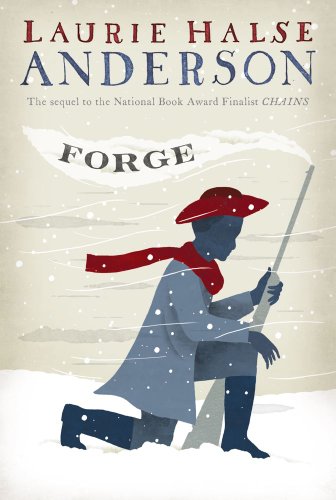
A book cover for Forge (The Seeds of America Trilogy); Laurie Halse Anderson; Children's Books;